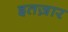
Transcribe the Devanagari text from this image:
इतज़ार